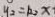
y _ { 2 } = k _ { 2 } x